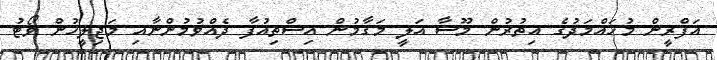
އަފްރީން މުހައްމަދުގެ އިތުރުން މޫސާ އަލީ މަގާމުން އިސްތިއުފާ ދެއްވުމުންނާއި މަޖިލީހުން ވޯޓު